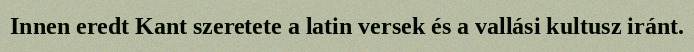
Innen eredt Kant szeretete a latin versek és a vallási kultusz iránt.